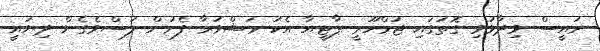
ރައީސް ވިދާޅުވި ގޮތުގައި ޖުމްހޫރީ ޕާޓީއާ އެކު މަޝްވަރާ ފެށުން ލަސްވެގެން ދިޔައީ